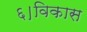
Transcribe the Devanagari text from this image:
६।विकास